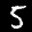
Label: 5